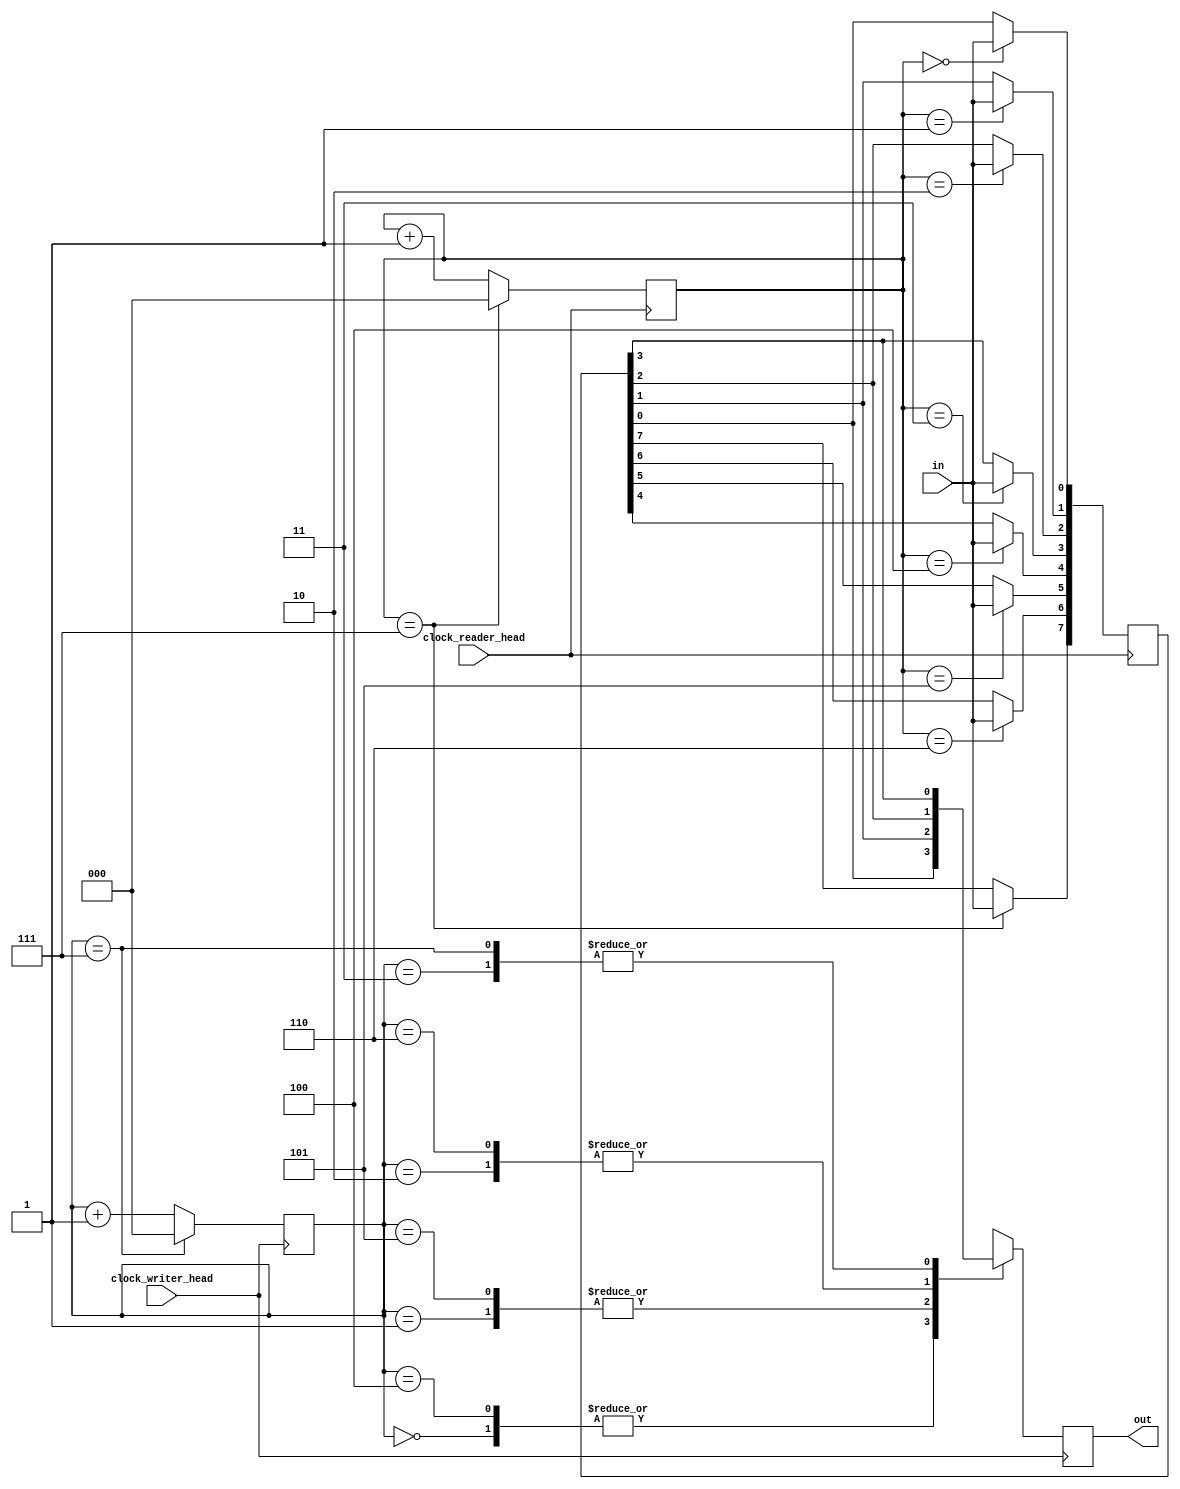
module multiclock_reader_writer(
    clock_reader_head,
    clock_writer_head,
	in,
	out,
);

	//INPUT
	input	clock_reader_head;
	input	clock_writer_head;
	input	in;

	//OUTPUT
	output	out;

	reg	[2:0]	reader_head;
	reg	[2:0]	writer_head;
	reg [7:0]	register;

	always @(posedge clock_reader_head)
	begin

		case (reader_head)	
			0: register[0] <= in;
			1: register[1] <= in;
			2: register[2] <= in;
			3: register[3] <= in;
			4: register[4] <= in;
			5: register[5] <= in;
			6: register[6] <= in;
			7: register[7] <= in;
		endcase

		if(reader_head == 7)
			reader_head <= 0;
		else
			reader_head <= reader_head +1;

	end

	always @(posedge clock_writer_head)
	begin

		case (writer_head)	
			0: out <= register[0];
			1: out <= register[1];
			2: out <= register[2];
			3: out <= register[3];
			4: out <= register[0];
			5: out <= register[1];
			6: out <= register[2];
			7: out <= register[3];
		endcase

		if(writer_head == 7)
			writer_head <= 0;
		else
			writer_head <= writer_head +1;
	end

endmodule